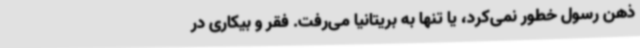
ذهن رسول خطور نمی‌کرد، یا تنها به بریتانیا می‌رفت. فقر و بیکاری در